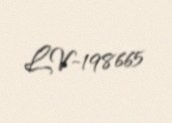
LV-198665